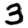
Digit: 3